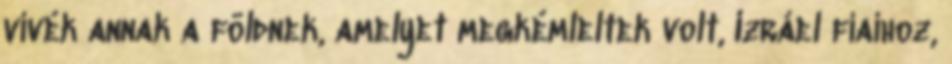
vivék annak a földnek, amelyet megkémleltek volt, Izráel fiaihoz,